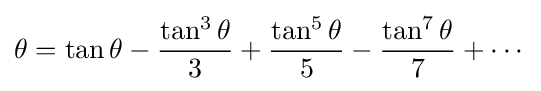
\theta =\tan \theta -{\frac {\tan ^{3}\theta }{3}}+{\frac {\tan ^{5}\theta }{5}}-{\frac {\tan ^{7}\theta }{7}}+\cdots